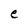
Character: e